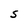
Character: s